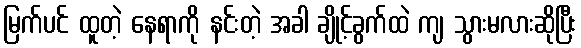
မြက်ပင် ထူတဲ့ နေရာကို နင်းတဲ့ အခါ ချိုင့်ခွက်ထဲ ကျ သွားမလားဆိုပြီး